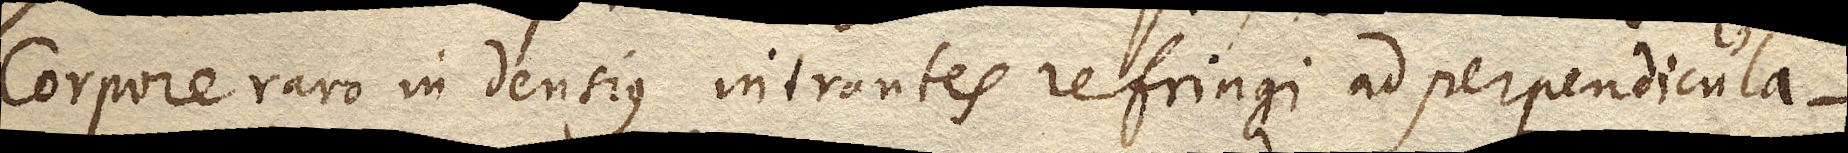
Corpore raro in densius intrantes refringi ad perpendicula–